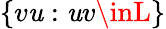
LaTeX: \{ v\mathit{u}:\mathit{u}v\inL\}